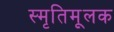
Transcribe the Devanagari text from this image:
स्मृतिमूलक